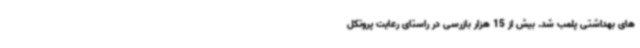
های بهداشتی پلمب شد. بیش از 15 هزار بازرسی در راستای رعایت پروتکل